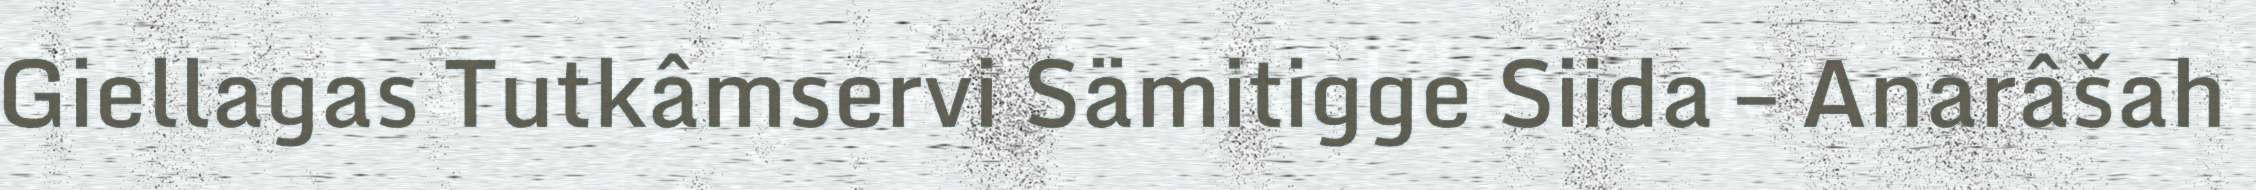
Giellagas Tutkâmservi Sämitigge Siida – Anarâšah